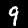
Digit: 9